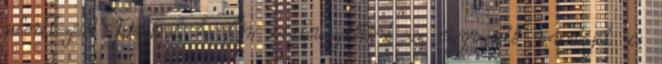
jelentkezését Például ha Ön irodavezetőként az ügyvezető munkáját is